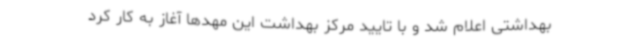
بهداشتی اعلام شد و با تایید مرکز بهداشت این مهدها آغاز به کار کرد